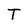
Character: T